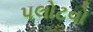
પલોટવો